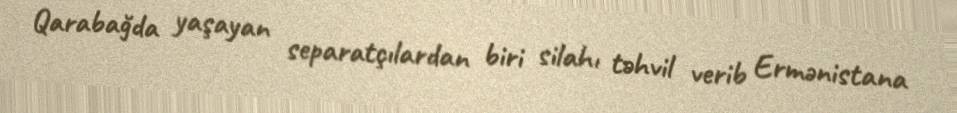
Qarabağda yaşayan separatçılardan biri silahı təhvil verib Ermənistana